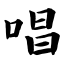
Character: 唱